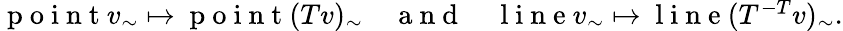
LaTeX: \begin{array}{r}{\mathrm{~p~o~i~n~t~}v_{\sim}\mapsto\mathrm{~p~o~i~n~t~}(Tv)_{\sim}\quad\mathrm{~a~n~d~}\quad\mathrm{~l~i~n~e~}v_{\sim}\mapsto\mathrm{~l~i~n~e~}(T^{-T}v)_{\sim}.}\end{array}